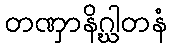
တဏှာနိဂ္ဃါတနံ